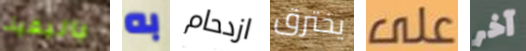
بالبقية به ازدحام يخترق على آخر